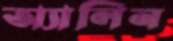
অ্যালিন